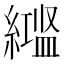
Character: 𬗻